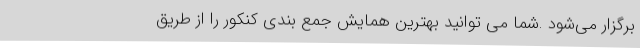
برگزار می‌شود .شما می توانید بهترین همایش جمع بندی کنکور را از طریق